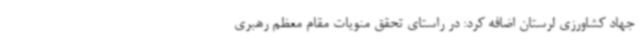
جهاد کشاورزی لرستان اضافه کرد: در راستای تحقق منویات مقام معظم رهبری